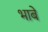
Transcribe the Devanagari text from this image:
भाबे